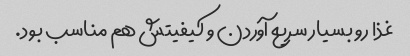
غذا رو بسیار سریع آوردن و کیفیتش هم مناسب بود.